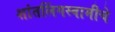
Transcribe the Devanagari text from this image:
शांतलिंगस्वामीचे